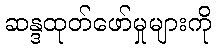
ဆန္ဒထုတ်ဖော်မှုများကို